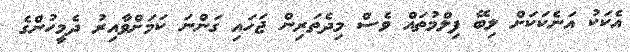
އެކަކު އަނެކަކަށް ލިބޭ ފިލްމުތައް ވެސް މިދެތަރިން ޖަހައި ގަންނަ ކަމަށްވާއިރު ދެމީހުންގެ